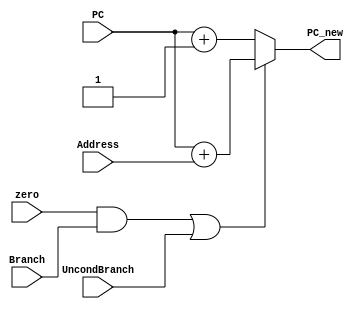
`timescale 1ns / 1ps
//////////////////////////////////////////////////////////////////////////////////
// Company: 
// Engineer: 
// 
// Design Name: 
// Module Name: PC_Counter
// Project Name: 
// Target Devices: 
// Tool Versions: 
// Description: 
// 
// Dependencies: 
// 
// Revision:
// Revision 0.01 - File Created
// Additional Comments:
// 
//////////////////////////////////////////////////////////////////////////////////


module BranchSelect(PC,Branch, UncondBranch, Address, zero, PC_new);
    input [63:0]PC;
    input Branch;
    input [63:0] Address;
    input zero                                                                                                                                         ;
    input UncondBranch;
    output reg [63:0] PC_new;
    
            always@(*)
            if(zero & Branch | UncondBranch)
                begin
                    PC_new <= PC + Address;
                end
            else
                begin
                    PC_new <= PC + 1;           
                end

endmodule